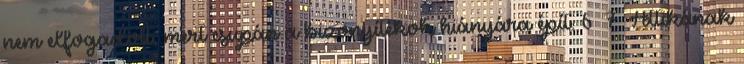
nem elfogadott, mert csupán a bizonyítékok hiányára épít. 6 7 Attikának